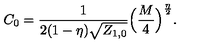
C _ { 0 } = \frac { 1 } { 2 ( 1 - \eta ) \sqrt { { { Z } } _ { 1 , 0 } } } \Big ( \frac { M } { 4 } \Big ) ^ { \frac { \eta } { 2 } } .